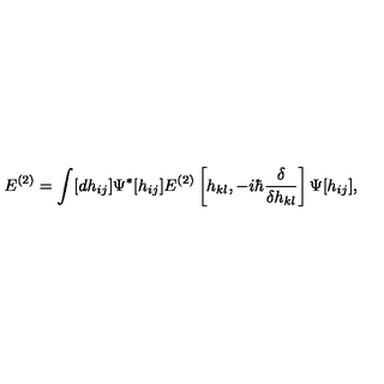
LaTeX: E ^ { ( 2 ) } = \int [ d h _ { i j } ] \Psi ^ { * } [ h _ { i j } ] E ^ { ( 2 ) } \left[ h _ { k l } , - i \hbar { \frac { \delta } { \delta h _ { k l } } } \right] \Psi [ h _ { i j } ] ,